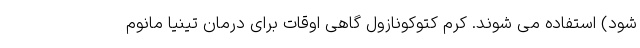
شود) استفاده می شوند. کرم کتوکونازول گاهی اوقات برای درمان تینیا مانوم